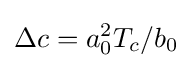
\Delta c=a_{0}^{2}T_{c}/b_{0}